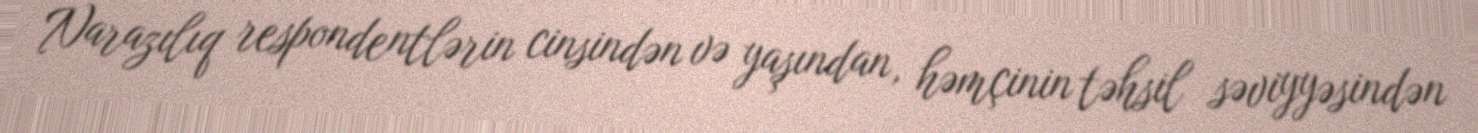
Narazılıq respondentlərin cinsindən və yaşından, həmçinin təhsil səviyyəsindən